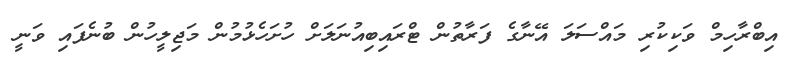
އިބްރާހިމް ވަކިކުރި މައްސަލަ އޭނާގެ ފަރާތުން ޓްރައިބިއުނަލަށް ހުށަހެޅުމުން މަޖިލީހުން ބުނެފައި ވަނީ